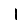
Digit: 1